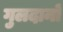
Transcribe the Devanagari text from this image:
गुलदानों